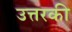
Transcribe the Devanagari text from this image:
उत्तरकी